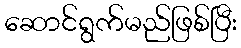
ဆောင်ရွက်မည်ဖြစ်ပြီး